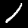
Label: 1